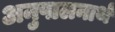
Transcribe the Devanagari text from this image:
अनुपालनार्थ